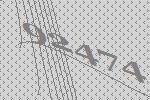
92474